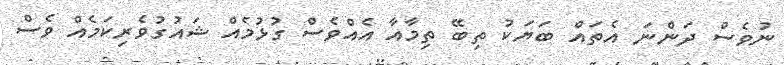
ނުވެސް ދަންނަ އެތައް ބަޔަކު ތިބޭ ތިމާއާ އެއްވެސް ގުޅުމެއް ޝައުގުވެރިކަމެއް ވެސް